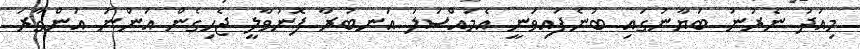
މިއަދު ނެރުނު ބަޔާނުގައި ބުނެފައިވަނީ އެމައްސަލަ އަނބުރާ ފޮނުވާލީ ޖެހިގެން އަންނަ އަންގާރަ